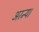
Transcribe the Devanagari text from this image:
अरन्य।